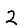
Digit: 2